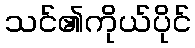
သင်၏ကိုယ်ပိုင်